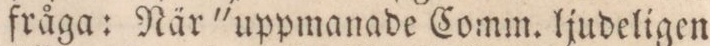
fråga: När 'uppmanade Comm. ljudeligen